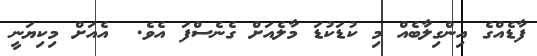
ފާޑެއްގެ އިންގިލާބެއް މި ކުޑަކުޑަ މާލެއަށް ގެނެސްފަ އެވެ.  އެއަށް މިކިޔަނީ